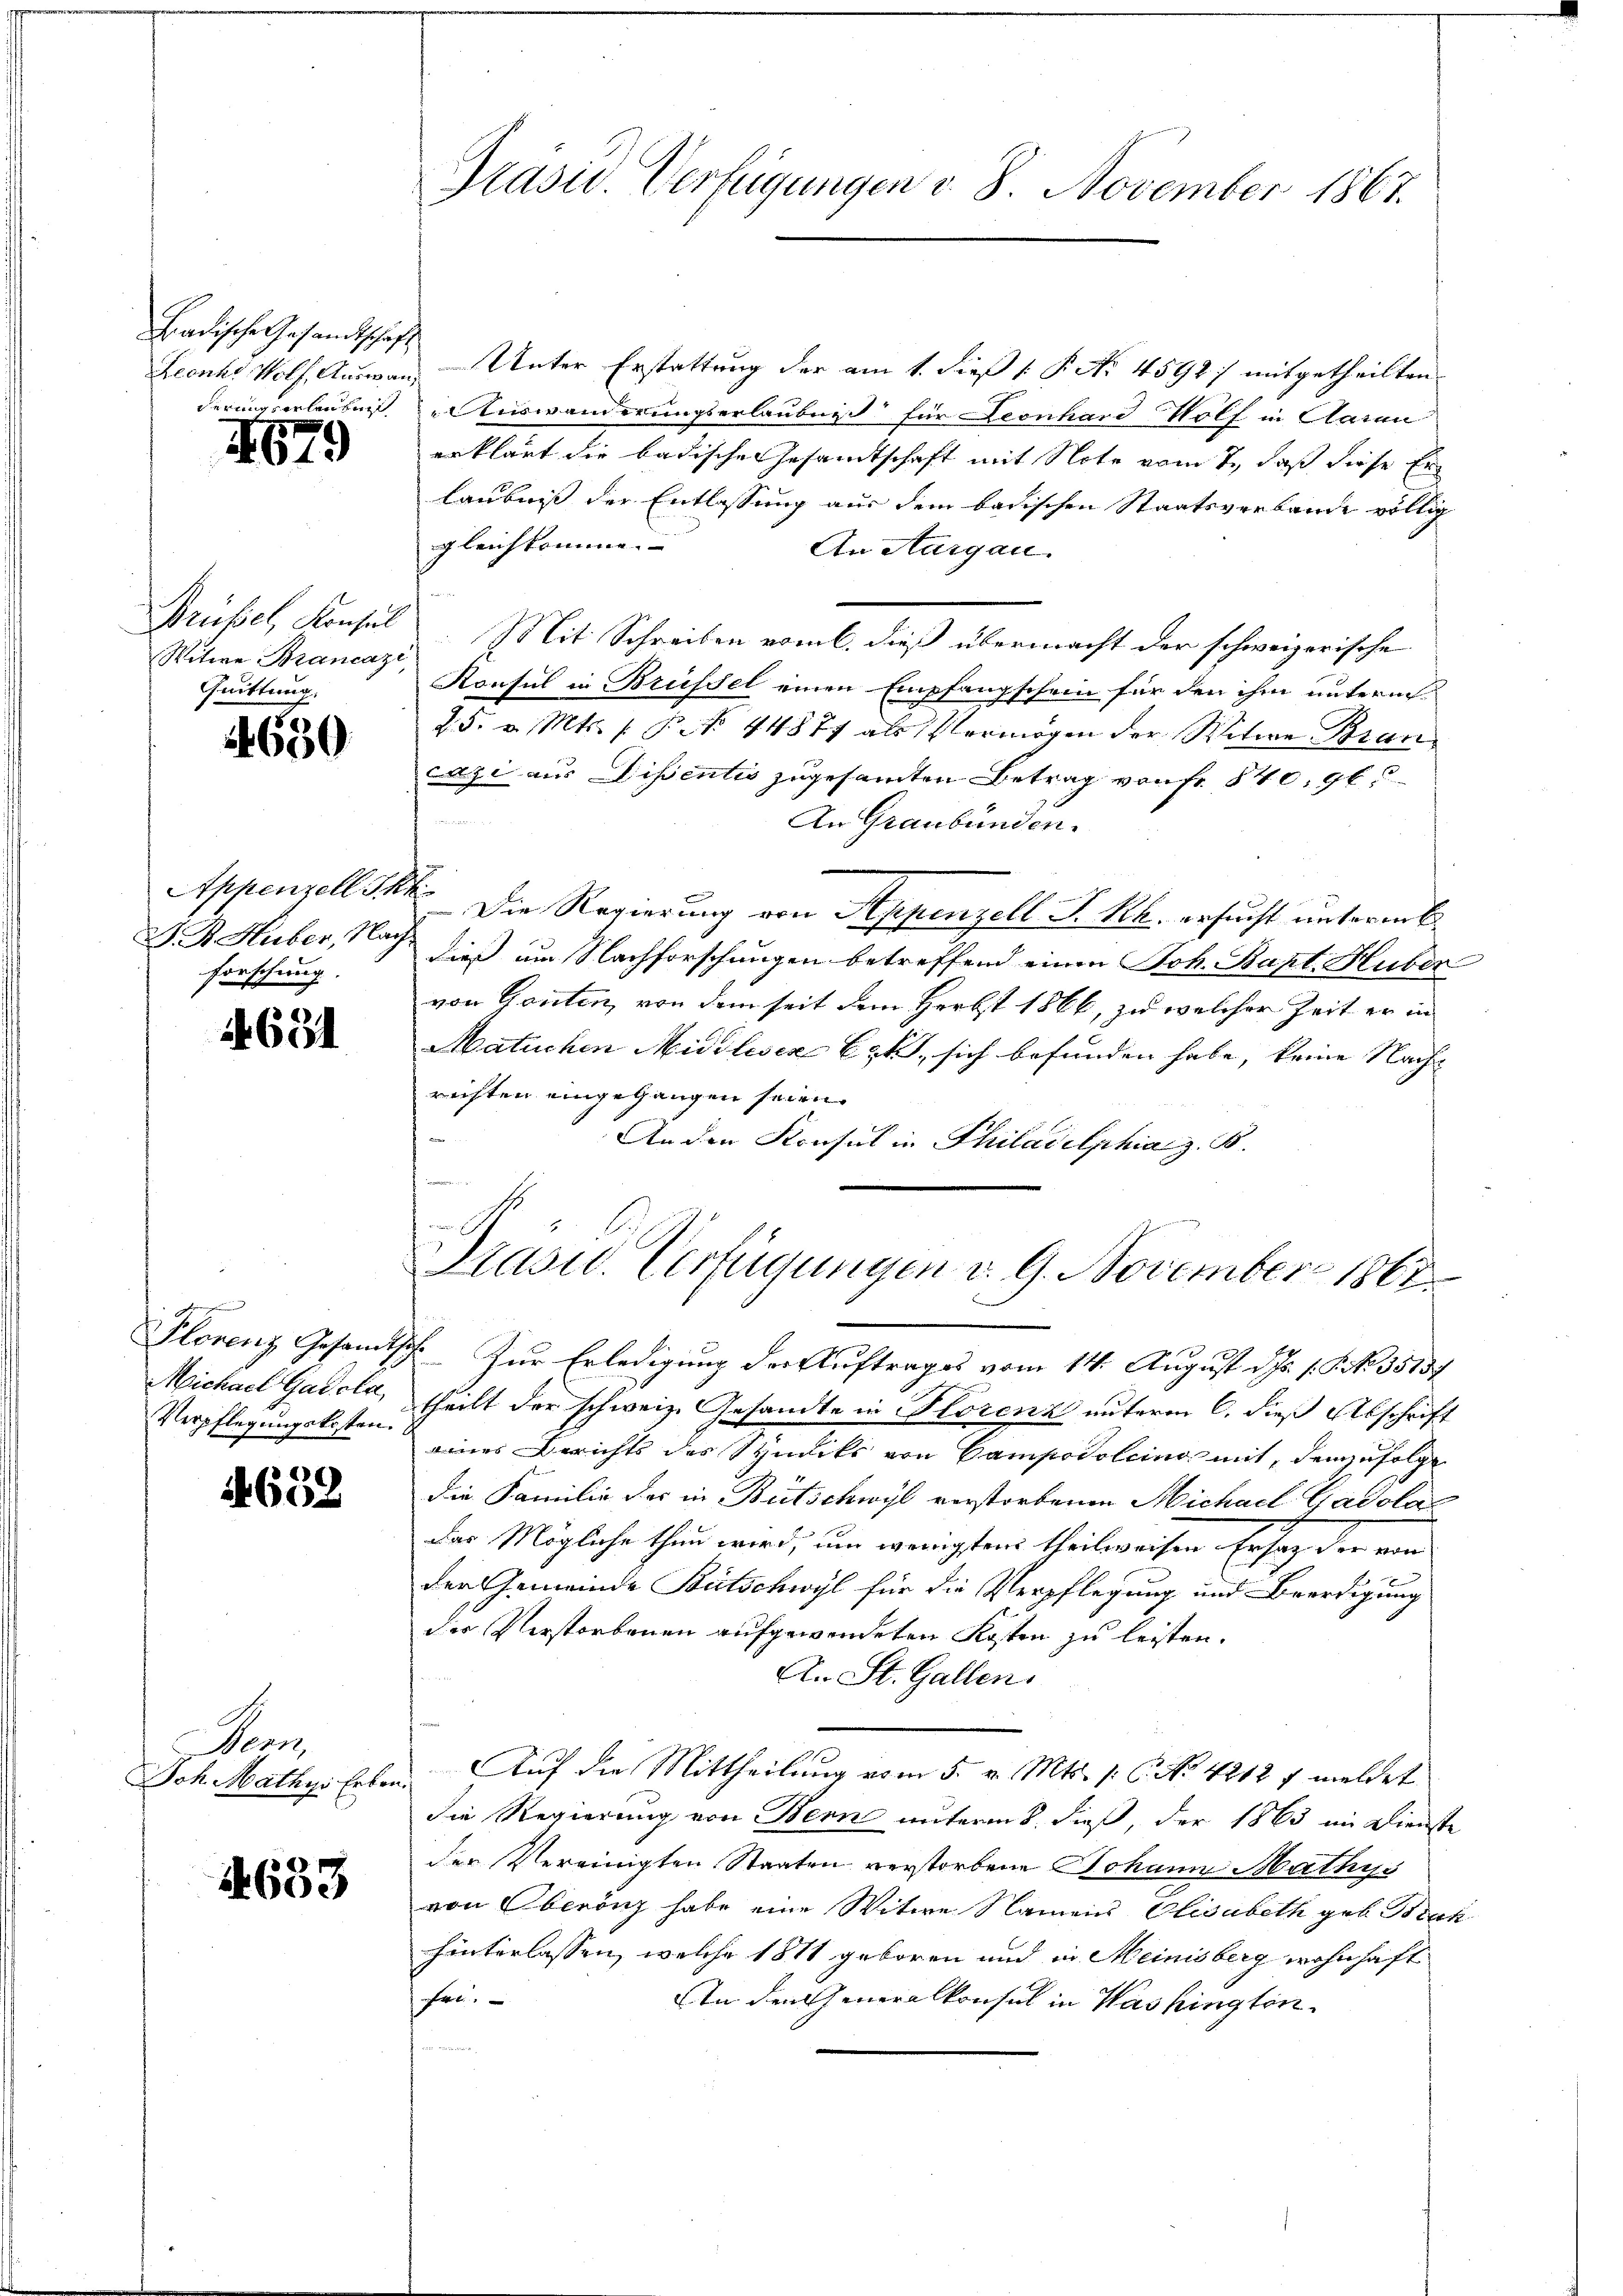
Badische Gesandtschaft
derung vorlaubniß

4679

Witwe Brancazi
Quittung.

650

Appenzell Th.
H. Dr. Huber, Nach
forschung.

1631

Michael Gadela,
Verpflegungskosten.

88
260.

Neer

4633

Präsid. Verfügungen v. 8. November 1867.

Leenh Wolf, Auswan-Unter Erstattung der am 1. dieß P. No. 4592) mitgetheilten
" Auswanderungserlaubnis für Leonhard Wolf in Aarau
erklärt die badische Gesandtschaft mit Note vom 7., daß diese Erlaubniß der Entlassung aus dem badischen Staatsverbande völlig
gleichkomme.
An Aargau.
Brüfiel, Konsul Mit Schreiben vom 6. dieß übermacht der schweizerische
Konsul in Brüssel einen Empfangschein für den ihm unterm
25. v. Mts. (: Pct. 44877 als Vermögen der Witwe Brancazi aus Dissentis zugesamten Betrag von fr. 840. 96.
An Graubünden.
s
Die Regierung von Appenzell P. Rh. ersucht unterm
h
dieß um Nachforschungen betreffend einen Joh. Bapt. Huber
von Ganten, von dem seit dem Herbst 1866, zu welcher Zeit er in
Matuchen Midilisez Czt, sich befunden habe, keine Nach-
richten eingegangen seien.
n
An der Konsul in Philadelphia z. B.
i

Stasid. Verfügungen v. 9. November 1862
e

Plorenz Gesandtsche Zur Erledigung der Auftrages vom 14. August d. Js. s. S. No. 35137
theilt der schweiz. Gesandte in Storenz unterm 6. dieß Abschrift
eines Berichts des Syndiks von Campodolcino mit, demzufolge
die Familie des in Bütschwyl verstorbenen Michael Gadola
Der Mögliche thun wird, um wenigstens theilweisen. Er sag der von
der Gemeinde Bütschwyl für die Verpflegung und Beerdigung
der Verstorbenen aufgewendeten Kosten zu leisten.
An St. Gallen.
Sch. Mathys Erben. Auf die Mittheilung vom 5. v. Mts. p. C. No. 4212 f meldet
die Regierung von Bern unterm 8. dieß, der 1863 im Dienste
der Vereinigten Staaten verstorbene Johann Mathys
von Oberönz habe eine Witwe Namens Elisabeth geb. Brach
hinterlassen, welche 1811 geboren und in Meinisberg wohnhaft
fer.
In den Generalkonsul in Washington